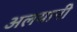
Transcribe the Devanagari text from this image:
अलयानी